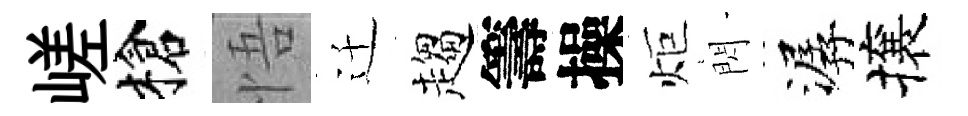
嵯槍悟迁趨籌操炬閃潺攘